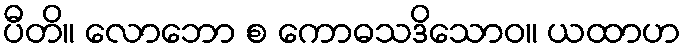
ပီတိ။ လောဘော စ ကောဓသဒိသောဝ။ ယထာဟ